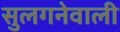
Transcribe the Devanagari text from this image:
सुलगनेवाली